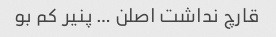
قارچ نداشت اصلن … پنیر کم بو